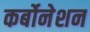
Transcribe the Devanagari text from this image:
कर्बोनेशन